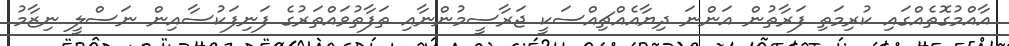
އާއްމުގޮތެއްގައި ކުރިމަތި ފަރާތުން އަންނަ ދިޔާއެއްޗިއްސަކީ ޖަރާސީމުންނާއި ތަފާތުވައްތަރުގެ ފަނިފަކުސާއިން ނަސްލީ ނިޒާމު